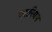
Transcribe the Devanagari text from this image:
एरारियम